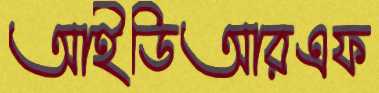
আইডিআরএফ